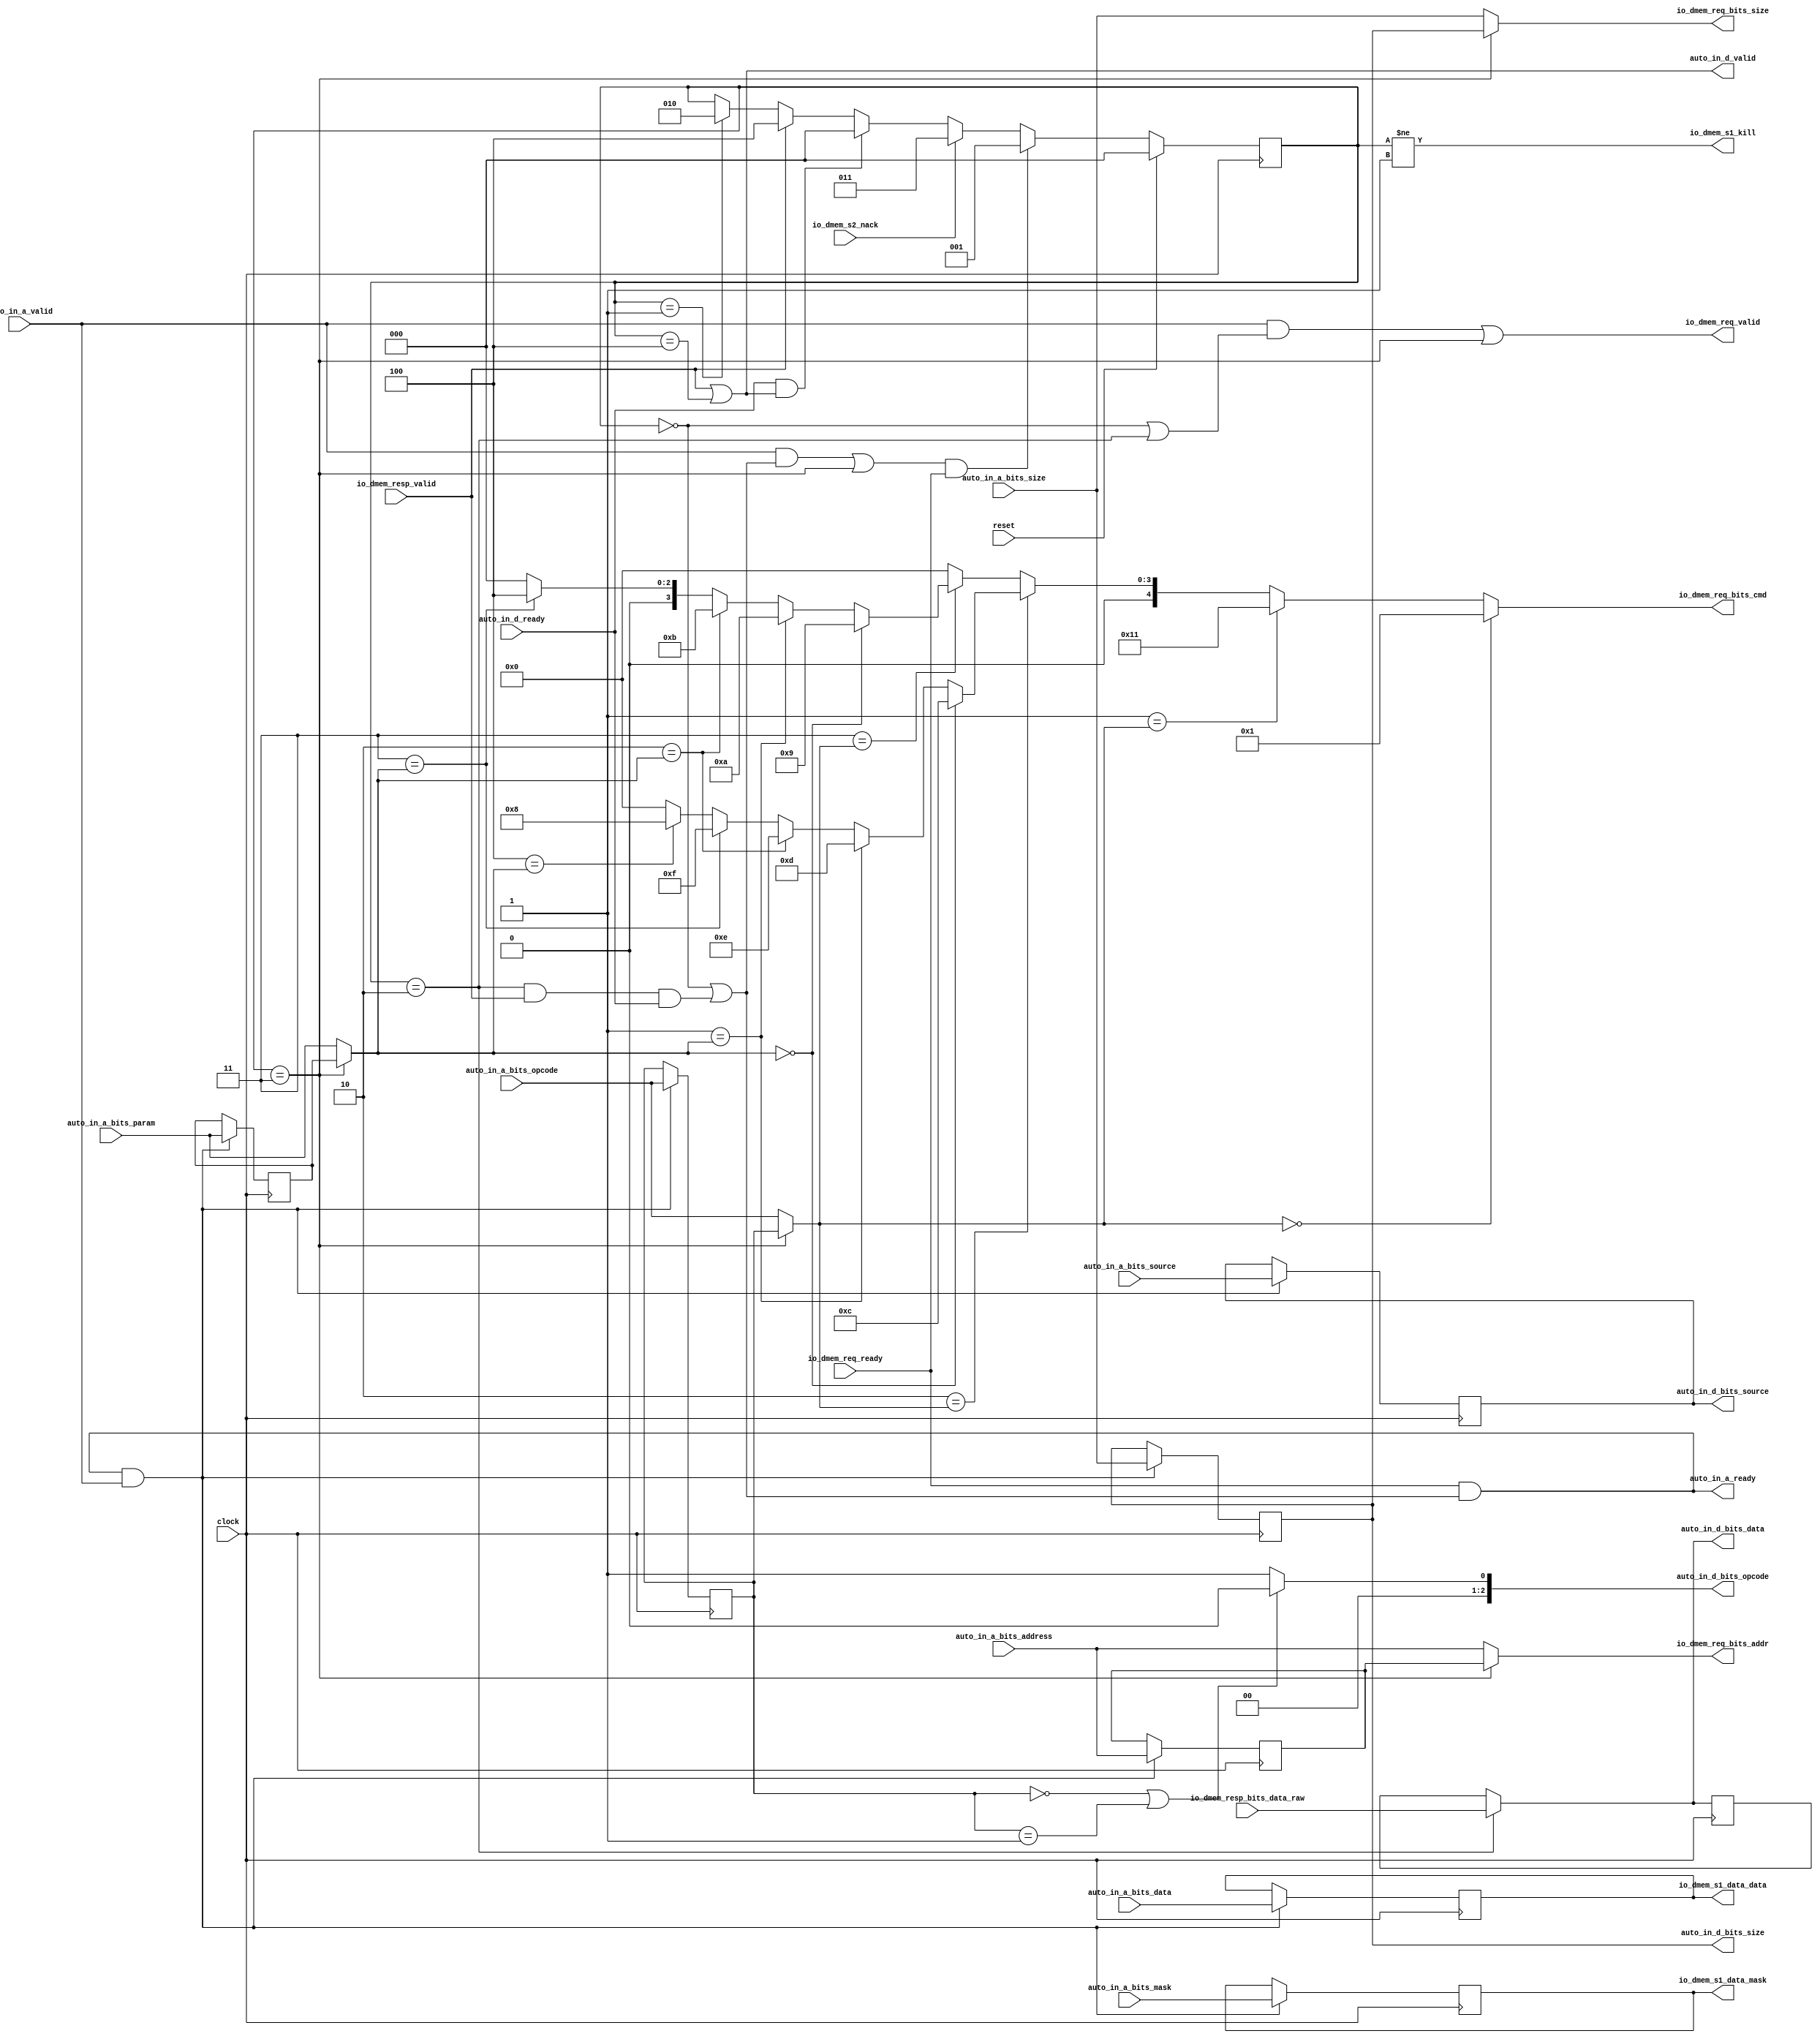
module ScratchpadSlavePort( // @[:freechips.rocketchip.system.TinyConfig.fir@112949.2]
  input         clock, // @[:freechips.rocketchip.system.TinyConfig.fir@112950.4]
  input         reset, // @[:freechips.rocketchip.system.TinyConfig.fir@112951.4]
  output        auto_in_a_ready, // @[:freechips.rocketchip.system.TinyConfig.fir@112952.4]
  input         auto_in_a_valid, // @[:freechips.rocketchip.system.TinyConfig.fir@112952.4]
  input  [2:0]  auto_in_a_bits_opcode, // @[:freechips.rocketchip.system.TinyConfig.fir@112952.4]
  input  [2:0]  auto_in_a_bits_param, // @[:freechips.rocketchip.system.TinyConfig.fir@112952.4]
  input  [1:0]  auto_in_a_bits_size, // @[:freechips.rocketchip.system.TinyConfig.fir@112952.4]
  input  [10:0] auto_in_a_bits_source, // @[:freechips.rocketchip.system.TinyConfig.fir@112952.4]
  input  [31:0] auto_in_a_bits_address, // @[:freechips.rocketchip.system.TinyConfig.fir@112952.4]
  input  [3:0]  auto_in_a_bits_mask, // @[:freechips.rocketchip.system.TinyConfig.fir@112952.4]
  input  [31:0] auto_in_a_bits_data, // @[:freechips.rocketchip.system.TinyConfig.fir@112952.4]
  input         auto_in_d_ready, // @[:freechips.rocketchip.system.TinyConfig.fir@112952.4]
  output        auto_in_d_valid, // @[:freechips.rocketchip.system.TinyConfig.fir@112952.4]
  output [2:0]  auto_in_d_bits_opcode, // @[:freechips.rocketchip.system.TinyConfig.fir@112952.4]
  output [1:0]  auto_in_d_bits_size, // @[:freechips.rocketchip.system.TinyConfig.fir@112952.4]
  output [10:0] auto_in_d_bits_source, // @[:freechips.rocketchip.system.TinyConfig.fir@112952.4]
  output [31:0] auto_in_d_bits_data, // @[:freechips.rocketchip.system.TinyConfig.fir@112952.4]
  input         io_dmem_req_ready, // @[:freechips.rocketchip.system.TinyConfig.fir@112953.4]
  output        io_dmem_req_valid, // @[:freechips.rocketchip.system.TinyConfig.fir@112953.4]
  output [31:0] io_dmem_req_bits_addr, // @[:freechips.rocketchip.system.TinyConfig.fir@112953.4]
  output [4:0]  io_dmem_req_bits_cmd, // @[:freechips.rocketchip.system.TinyConfig.fir@112953.4]
  output [1:0]  io_dmem_req_bits_size, // @[:freechips.rocketchip.system.TinyConfig.fir@112953.4]
  output        io_dmem_s1_kill, // @[:freechips.rocketchip.system.TinyConfig.fir@112953.4]
  output [31:0] io_dmem_s1_data_data, // @[:freechips.rocketchip.system.TinyConfig.fir@112953.4]
  output [3:0]  io_dmem_s1_data_mask, // @[:freechips.rocketchip.system.TinyConfig.fir@112953.4]
  input         io_dmem_s2_nack, // @[:freechips.rocketchip.system.TinyConfig.fir@112953.4]
  input         io_dmem_resp_valid, // @[:freechips.rocketchip.system.TinyConfig.fir@112953.4]
  input  [31:0] io_dmem_resp_bits_data_raw // @[:freechips.rocketchip.system.TinyConfig.fir@112953.4]
);
  reg [2:0] state; // @[ScratchpadSlavePort.scala 46:20:freechips.rocketchip.system.TinyConfig.fir@112962.4]
  reg [31:0] _RAND_0;
  wire  _T; // @[ScratchpadSlavePort.scala 48:17:freechips.rocketchip.system.TinyConfig.fir@112965.4]
  wire  _T_51; // @[ScratchpadSlavePort.scala 98:50:freechips.rocketchip.system.TinyConfig.fir@113056.4]
  wire  tl_in_d_valid; // @[ScratchpadSlavePort.scala 98:41:freechips.rocketchip.system.TinyConfig.fir@113057.4]
  wire  _T_1; // @[Decoupled.scala 37:37:freechips.rocketchip.system.TinyConfig.fir@112972.4]
  wire  _T_6; // @[ScratchpadSlavePort.scala 86:23:freechips.rocketchip.system.TinyConfig.fir@112991.4]
  wire  _T_7; // @[ScratchpadSlavePort.scala 86:44:freechips.rocketchip.system.TinyConfig.fir@112992.4]
  wire  _T_8; // @[ScratchpadSlavePort.scala 86:56:freechips.rocketchip.system.TinyConfig.fir@112993.4]
  wire  _T_9; // @[ScratchpadSlavePort.scala 86:78:freechips.rocketchip.system.TinyConfig.fir@112994.4]
  wire  ready; // @[ScratchpadSlavePort.scala 86:35:freechips.rocketchip.system.TinyConfig.fir@112995.4]
  wire  _T_10; // @[ScratchpadSlavePort.scala 87:38:freechips.rocketchip.system.TinyConfig.fir@112996.4]
  wire  _T_11; // @[ScratchpadSlavePort.scala 87:57:freechips.rocketchip.system.TinyConfig.fir@112997.4]
  wire  dmem_req_valid; // @[ScratchpadSlavePort.scala 87:48:freechips.rocketchip.system.TinyConfig.fir@112998.4]
  wire  _T_2; // @[ScratchpadSlavePort.scala 52:26:freechips.rocketchip.system.TinyConfig.fir@112979.4]
  reg [2:0] acq_opcode; // @[ScratchpadSlavePort.scala 54:18:freechips.rocketchip.system.TinyConfig.fir@112983.4]
  reg [31:0] _RAND_1;
  reg [2:0] acq_param; // @[ScratchpadSlavePort.scala 54:18:freechips.rocketchip.system.TinyConfig.fir@112983.4]
  reg [31:0] _RAND_2;
  reg [1:0] acq_size; // @[ScratchpadSlavePort.scala 54:18:freechips.rocketchip.system.TinyConfig.fir@112983.4]
  reg [31:0] _RAND_3;
  reg [10:0] acq_source; // @[ScratchpadSlavePort.scala 54:18:freechips.rocketchip.system.TinyConfig.fir@112983.4]
  reg [31:0] _RAND_4;
  reg [31:0] acq_address; // @[ScratchpadSlavePort.scala 54:18:freechips.rocketchip.system.TinyConfig.fir@112983.4]
  reg [31:0] _RAND_5;
  reg [3:0] acq_mask; // @[ScratchpadSlavePort.scala 54:18:freechips.rocketchip.system.TinyConfig.fir@112983.4]
  reg [31:0] _RAND_6;
  reg [31:0] acq_data; // @[ScratchpadSlavePort.scala 54:18:freechips.rocketchip.system.TinyConfig.fir@112983.4]
  reg [31:0] _RAND_7;
  wire  tl_in_a_ready; // @[ScratchpadSlavePort.scala 91:40:freechips.rocketchip.system.TinyConfig.fir@113004.4]
  wire  _T_3; // @[Decoupled.scala 37:37:freechips.rocketchip.system.TinyConfig.fir@112984.4]
  wire  ready_likely; // @[ScratchpadSlavePort.scala 85:42:freechips.rocketchip.system.TinyConfig.fir@112990.4]
  wire  _T_13; // @[ScratchpadSlavePort.scala 88:48:freechips.rocketchip.system.TinyConfig.fir@113000.4]
  wire [2:0] _T_17_opcode; // @[ScratchpadSlavePort.scala 92:41:freechips.rocketchip.system.TinyConfig.fir@113007.4]
  wire [2:0] _T_17_param; // @[ScratchpadSlavePort.scala 92:41:freechips.rocketchip.system.TinyConfig.fir@113007.4]
  wire  _T_21; // @[Mux.scala 69:19:freechips.rocketchip.system.TinyConfig.fir@113014.4]
  wire [3:0] _T_22; // @[Mux.scala 69:16:freechips.rocketchip.system.TinyConfig.fir@113015.4]
  wire  _T_23; // @[Mux.scala 69:19:freechips.rocketchip.system.TinyConfig.fir@113016.4]
  wire [3:0] _T_24; // @[Mux.scala 69:16:freechips.rocketchip.system.TinyConfig.fir@113017.4]
  wire  _T_25; // @[Mux.scala 69:19:freechips.rocketchip.system.TinyConfig.fir@113018.4]
  wire [3:0] _T_26; // @[Mux.scala 69:16:freechips.rocketchip.system.TinyConfig.fir@113019.4]
  wire  _T_27; // @[Mux.scala 69:19:freechips.rocketchip.system.TinyConfig.fir@113020.4]
  wire [3:0] _T_28; // @[Mux.scala 69:16:freechips.rocketchip.system.TinyConfig.fir@113021.4]
  wire  _T_29; // @[Mux.scala 69:19:freechips.rocketchip.system.TinyConfig.fir@113022.4]
  wire [3:0] _T_30; // @[Mux.scala 69:16:freechips.rocketchip.system.TinyConfig.fir@113023.4]
  wire [2:0] _T_33; // @[Mux.scala 69:16:freechips.rocketchip.system.TinyConfig.fir@113027.4]
  wire [3:0] _T_35; // @[Mux.scala 69:16:freechips.rocketchip.system.TinyConfig.fir@113029.4]
  wire [3:0] _T_37; // @[Mux.scala 69:16:freechips.rocketchip.system.TinyConfig.fir@113031.4]
  wire [3:0] _T_39; // @[Mux.scala 69:16:freechips.rocketchip.system.TinyConfig.fir@113033.4]
  wire  _T_42; // @[Mux.scala 69:19:freechips.rocketchip.system.TinyConfig.fir@113036.4]
  wire [3:0] _T_43; // @[Mux.scala 69:16:freechips.rocketchip.system.TinyConfig.fir@113037.4]
  wire  _T_44; // @[Mux.scala 69:19:freechips.rocketchip.system.TinyConfig.fir@113038.4]
  wire [3:0] _T_45; // @[Mux.scala 69:16:freechips.rocketchip.system.TinyConfig.fir@113039.4]
  wire  _T_46; // @[Mux.scala 69:19:freechips.rocketchip.system.TinyConfig.fir@113040.4]
  wire [4:0] _T_47; // @[Mux.scala 69:16:freechips.rocketchip.system.TinyConfig.fir@113041.4]
  wire  _T_48; // @[Mux.scala 69:19:freechips.rocketchip.system.TinyConfig.fir@113042.4]
  wire  _T_53; // @[package.scala 15:47:freechips.rocketchip.system.TinyConfig.fir@113059.4]
  wire  _T_54; // @[package.scala 15:47:freechips.rocketchip.system.TinyConfig.fir@113060.4]
  wire  _T_55; // @[package.scala 15:62:freechips.rocketchip.system.TinyConfig.fir@113061.4]
  reg [31:0] _T_60; // @[Reg.scala 15:16:freechips.rocketchip.system.TinyConfig.fir@113085.4]
  reg [31:0] _RAND_8;
  assign _T = state == 3'h1; // @[ScratchpadSlavePort.scala 48:17:freechips.rocketchip.system.TinyConfig.fir@112965.4]
  assign _T_51 = state == 3'h4; // @[ScratchpadSlavePort.scala 98:50:freechips.rocketchip.system.TinyConfig.fir@113056.4]
  assign tl_in_d_valid = io_dmem_resp_valid | _T_51; // @[ScratchpadSlavePort.scala 98:41:freechips.rocketchip.system.TinyConfig.fir@113057.4]
  assign _T_1 = auto_in_d_ready & tl_in_d_valid; // @[Decoupled.scala 37:37:freechips.rocketchip.system.TinyConfig.fir@112972.4]
  assign _T_6 = state == 3'h0; // @[ScratchpadSlavePort.scala 86:23:freechips.rocketchip.system.TinyConfig.fir@112991.4]
  assign _T_7 = state == 3'h2; // @[ScratchpadSlavePort.scala 86:44:freechips.rocketchip.system.TinyConfig.fir@112992.4]
  assign _T_8 = _T_7 & io_dmem_resp_valid; // @[ScratchpadSlavePort.scala 86:56:freechips.rocketchip.system.TinyConfig.fir@112993.4]
  assign _T_9 = _T_8 & auto_in_d_ready; // @[ScratchpadSlavePort.scala 86:78:freechips.rocketchip.system.TinyConfig.fir@112994.4]
  assign ready = _T_6 | _T_9; // @[ScratchpadSlavePort.scala 86:35:freechips.rocketchip.system.TinyConfig.fir@112995.4]
  assign _T_10 = auto_in_a_valid & ready; // @[ScratchpadSlavePort.scala 87:38:freechips.rocketchip.system.TinyConfig.fir@112996.4]
  assign _T_11 = state == 3'h3; // @[ScratchpadSlavePort.scala 87:57:freechips.rocketchip.system.TinyConfig.fir@112997.4]
  assign dmem_req_valid = _T_10 | _T_11; // @[ScratchpadSlavePort.scala 87:48:freechips.rocketchip.system.TinyConfig.fir@112998.4]
  assign _T_2 = dmem_req_valid & io_dmem_req_ready; // @[ScratchpadSlavePort.scala 52:26:freechips.rocketchip.system.TinyConfig.fir@112979.4]
  assign tl_in_a_ready = io_dmem_req_ready & ready; // @[ScratchpadSlavePort.scala 91:40:freechips.rocketchip.system.TinyConfig.fir@113004.4]
  assign _T_3 = tl_in_a_ready & auto_in_a_valid; // @[Decoupled.scala 37:37:freechips.rocketchip.system.TinyConfig.fir@112984.4]
  assign ready_likely = _T_6 | _T_7; // @[ScratchpadSlavePort.scala 85:42:freechips.rocketchip.system.TinyConfig.fir@112990.4]
  assign _T_13 = auto_in_a_valid & ready_likely; // @[ScratchpadSlavePort.scala 88:48:freechips.rocketchip.system.TinyConfig.fir@113000.4]
  assign _T_17_opcode = _T_11 ? acq_opcode : auto_in_a_bits_opcode; // @[ScratchpadSlavePort.scala 92:41:freechips.rocketchip.system.TinyConfig.fir@113007.4]
  assign _T_17_param = _T_11 ? acq_param : auto_in_a_bits_param; // @[ScratchpadSlavePort.scala 92:41:freechips.rocketchip.system.TinyConfig.fir@113007.4]
  assign _T_21 = 3'h4 == _T_17_param; // @[Mux.scala 69:19:freechips.rocketchip.system.TinyConfig.fir@113014.4]
  assign _T_22 = _T_21 ? 4'h8 : 4'h0; // @[Mux.scala 69:16:freechips.rocketchip.system.TinyConfig.fir@113015.4]
  assign _T_23 = 3'h3 == _T_17_param; // @[Mux.scala 69:19:freechips.rocketchip.system.TinyConfig.fir@113016.4]
  assign _T_24 = _T_23 ? 4'hf : _T_22; // @[Mux.scala 69:16:freechips.rocketchip.system.TinyConfig.fir@113017.4]
  assign _T_25 = 3'h2 == _T_17_param; // @[Mux.scala 69:19:freechips.rocketchip.system.TinyConfig.fir@113018.4]
  assign _T_26 = _T_25 ? 4'he : _T_24; // @[Mux.scala 69:16:freechips.rocketchip.system.TinyConfig.fir@113019.4]
  assign _T_27 = 3'h1 == _T_17_param; // @[Mux.scala 69:19:freechips.rocketchip.system.TinyConfig.fir@113020.4]
  assign _T_28 = _T_27 ? 4'hd : _T_26; // @[Mux.scala 69:16:freechips.rocketchip.system.TinyConfig.fir@113021.4]
  assign _T_29 = 3'h0 == _T_17_param; // @[Mux.scala 69:19:freechips.rocketchip.system.TinyConfig.fir@113022.4]
  assign _T_30 = _T_29 ? 4'hc : _T_28; // @[Mux.scala 69:16:freechips.rocketchip.system.TinyConfig.fir@113023.4]
  assign _T_33 = _T_23 ? 3'h4 : 3'h0; // @[Mux.scala 69:16:freechips.rocketchip.system.TinyConfig.fir@113027.4]
  assign _T_35 = _T_25 ? 4'hb : {{1'd0}, _T_33}; // @[Mux.scala 69:16:freechips.rocketchip.system.TinyConfig.fir@113029.4]
  assign _T_37 = _T_27 ? 4'ha : _T_35; // @[Mux.scala 69:16:freechips.rocketchip.system.TinyConfig.fir@113031.4]
  assign _T_39 = _T_29 ? 4'h9 : _T_37; // @[Mux.scala 69:16:freechips.rocketchip.system.TinyConfig.fir@113033.4]
  assign _T_42 = 3'h3 == _T_17_opcode; // @[Mux.scala 69:19:freechips.rocketchip.system.TinyConfig.fir@113036.4]
  assign _T_43 = _T_42 ? _T_39 : 4'h0; // @[Mux.scala 69:16:freechips.rocketchip.system.TinyConfig.fir@113037.4]
  assign _T_44 = 3'h2 == _T_17_opcode; // @[Mux.scala 69:19:freechips.rocketchip.system.TinyConfig.fir@113038.4]
  assign _T_45 = _T_44 ? _T_30 : _T_43; // @[Mux.scala 69:16:freechips.rocketchip.system.TinyConfig.fir@113039.4]
  assign _T_46 = 3'h1 == _T_17_opcode; // @[Mux.scala 69:19:freechips.rocketchip.system.TinyConfig.fir@113040.4]
  assign _T_47 = _T_46 ? 5'h11 : {{1'd0}, _T_45}; // @[Mux.scala 69:16:freechips.rocketchip.system.TinyConfig.fir@113041.4]
  assign _T_48 = 3'h0 == _T_17_opcode; // @[Mux.scala 69:19:freechips.rocketchip.system.TinyConfig.fir@113042.4]
  assign _T_53 = acq_opcode == 3'h0; // @[package.scala 15:47:freechips.rocketchip.system.TinyConfig.fir@113059.4]
  assign _T_54 = acq_opcode == 3'h1; // @[package.scala 15:47:freechips.rocketchip.system.TinyConfig.fir@113060.4]
  assign _T_55 = _T_53 | _T_54; // @[package.scala 15:62:freechips.rocketchip.system.TinyConfig.fir@113061.4]
  assign auto_in_a_ready = io_dmem_req_ready & ready; // @[LazyModule.scala 173:31:freechips.rocketchip.system.TinyConfig.fir@112961.4]
  assign auto_in_d_valid = io_dmem_resp_valid | _T_51; // @[LazyModule.scala 173:31:freechips.rocketchip.system.TinyConfig.fir@112961.4]
  assign auto_in_d_bits_opcode = _T_55 ? 3'h0 : 3'h1; // @[LazyModule.scala 173:31:freechips.rocketchip.system.TinyConfig.fir@112961.4]
  assign auto_in_d_bits_size = acq_size; // @[LazyModule.scala 173:31:freechips.rocketchip.system.TinyConfig.fir@112961.4]
  assign auto_in_d_bits_source = acq_source; // @[LazyModule.scala 173:31:freechips.rocketchip.system.TinyConfig.fir@112961.4]
  assign auto_in_d_bits_data = _T_7 ? io_dmem_resp_bits_data_raw : _T_60; // @[LazyModule.scala 173:31:freechips.rocketchip.system.TinyConfig.fir@112961.4]
  assign io_dmem_req_valid = _T_13 | _T_11; // @[ScratchpadSlavePort.scala 90:23:freechips.rocketchip.system.TinyConfig.fir@113003.4]
  assign io_dmem_req_bits_addr = _T_11 ? acq_address : auto_in_a_bits_address; // @[ScratchpadSlavePort.scala 92:22:freechips.rocketchip.system.TinyConfig.fir@113050.4]
  assign io_dmem_req_bits_cmd = _T_48 ? 5'h1 : _T_47; // @[ScratchpadSlavePort.scala 92:22:freechips.rocketchip.system.TinyConfig.fir@113050.4]
  assign io_dmem_req_bits_size = _T_11 ? acq_size : auto_in_a_bits_size; // @[ScratchpadSlavePort.scala 92:22:freechips.rocketchip.system.TinyConfig.fir@113050.4]
  assign io_dmem_s1_kill = state != 3'h1; // @[ScratchpadSlavePort.scala 95:21:freechips.rocketchip.system.TinyConfig.fir@113054.4]
  assign io_dmem_s1_data_data = acq_data; // @[ScratchpadSlavePort.scala 93:26:freechips.rocketchip.system.TinyConfig.fir@113051.4]
  assign io_dmem_s1_data_mask = acq_mask; // @[ScratchpadSlavePort.scala 94:26:freechips.rocketchip.system.TinyConfig.fir@113052.4]
`ifdef RANDOMIZE_GARBAGE_ASSIGN
`define RANDOMIZE
`endif
`ifdef RANDOMIZE_INVALID_ASSIGN
`define RANDOMIZE
`endif
`ifdef RANDOMIZE_REG_INIT
`define RANDOMIZE
`endif
`ifdef RANDOMIZE_MEM_INIT
`define RANDOMIZE
`endif
`ifndef RANDOM
`define RANDOM $random
`endif
`ifdef RANDOMIZE_MEM_INIT
  integer initvar;
`endif
initial begin
  `ifdef RANDOMIZE
    `ifdef INIT_RANDOM
      `INIT_RANDOM
    `endif
    `ifndef VERILATOR
      `ifdef RANDOMIZE_DELAY
        #`RANDOMIZE_DELAY begin end
      `else
        #0.002 begin end
      `endif
    `endif
  `ifdef RANDOMIZE_REG_INIT
  _RAND_0 = {1{`RANDOM}};
  state = _RAND_0[2:0];
  `endif // RANDOMIZE_REG_INIT
  `ifdef RANDOMIZE_REG_INIT
  _RAND_1 = {1{`RANDOM}};
  acq_opcode = _RAND_1[2:0];
  `endif // RANDOMIZE_REG_INIT
  `ifdef RANDOMIZE_REG_INIT
  _RAND_2 = {1{`RANDOM}};
  acq_param = _RAND_2[2:0];
  `endif // RANDOMIZE_REG_INIT
  `ifdef RANDOMIZE_REG_INIT
  _RAND_3 = {1{`RANDOM}};
  acq_size = _RAND_3[1:0];
  `endif // RANDOMIZE_REG_INIT
  `ifdef RANDOMIZE_REG_INIT
  _RAND_4 = {1{`RANDOM}};
  acq_source = _RAND_4[10:0];
  `endif // RANDOMIZE_REG_INIT
  `ifdef RANDOMIZE_REG_INIT
  _RAND_5 = {1{`RANDOM}};
  acq_address = _RAND_5[31:0];
  `endif // RANDOMIZE_REG_INIT
  `ifdef RANDOMIZE_REG_INIT
  _RAND_6 = {1{`RANDOM}};
  acq_mask = _RAND_6[3:0];
  `endif // RANDOMIZE_REG_INIT
  `ifdef RANDOMIZE_REG_INIT
  _RAND_7 = {1{`RANDOM}};
  acq_data = _RAND_7[31:0];
  `endif // RANDOMIZE_REG_INIT
  `ifdef RANDOMIZE_REG_INIT
  _RAND_8 = {1{`RANDOM}};
  _T_60 = _RAND_8[31:0];
  `endif // RANDOMIZE_REG_INIT
  `endif // RANDOMIZE
end
  always @(posedge clock) begin
    if (reset) begin
      state <= 3'h0;
    end else begin
      if (_T_2) begin
        state <= 3'h1;
      end else begin
        if (io_dmem_s2_nack) begin
          state <= 3'h3;
        end else begin
          if (_T_1) begin
            state <= 3'h0;
          end else begin
            if (io_dmem_resp_valid) begin
              state <= 3'h4;
            end else begin
              if (_T) begin
                state <= 3'h2;
              end
            end
          end
        end
      end
    end
    if (_T_3) begin
      acq_opcode <= auto_in_a_bits_opcode;
    end
    if (_T_3) begin
      acq_param <= auto_in_a_bits_param;
    end
    if (_T_3) begin
      acq_size <= auto_in_a_bits_size;
    end
    if (_T_3) begin
      acq_source <= auto_in_a_bits_source;
    end
    if (_T_3) begin
      acq_address <= auto_in_a_bits_address;
    end
    if (_T_3) begin
      acq_mask <= auto_in_a_bits_mask;
    end
    if (_T_3) begin
      acq_data <= auto_in_a_bits_data;
    end
    if (_T_7) begin
      _T_60 <= io_dmem_resp_bits_data_raw;
    end
  end
endmodule